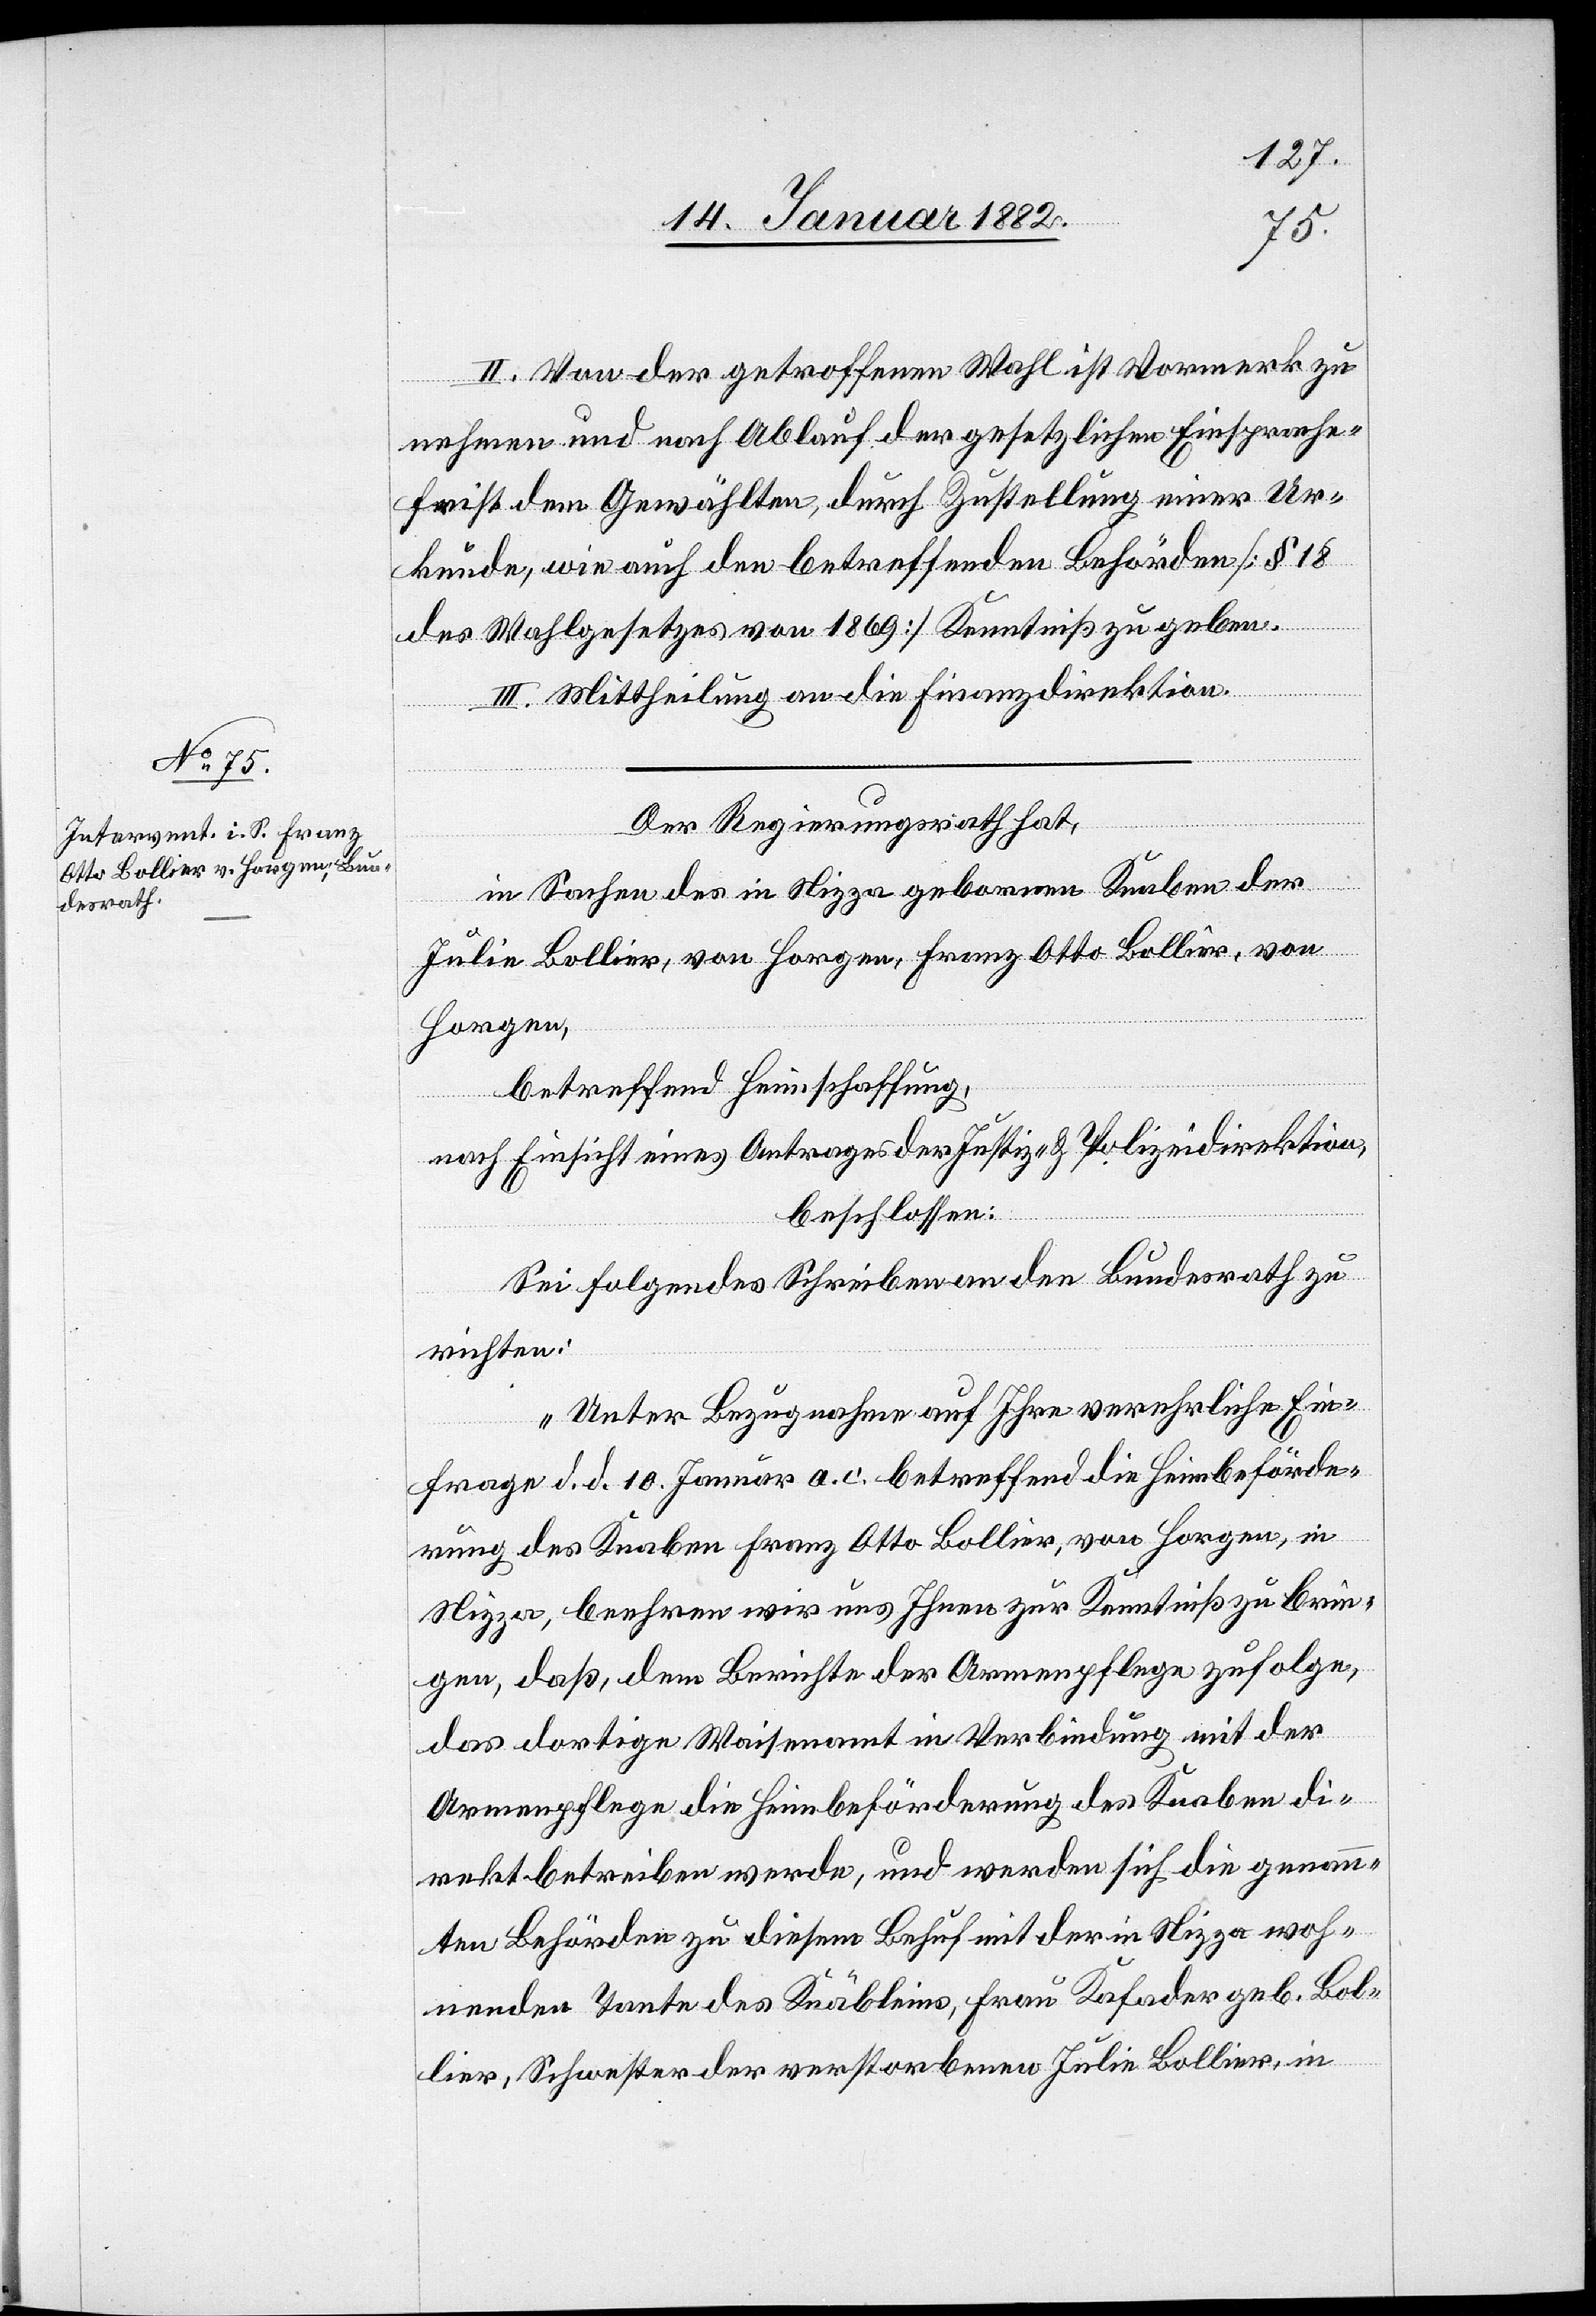
17. Januar 1882]
II. Von der getroffenen Wahl ist Vormerk zu
nehmen und nach Ablauf der gesetzlichen Einsprache¬
frist dem Gewählten durch Zustellung einer Ur¬
kunde, wie auch den betreffenden Behörden [§ 18
des Wahlgesetzes von 1869] Kenntniß zu geben.
III. Mittheilung an die Finanzdirektion.
Der Regierungsrath hat,
in Sachen des in Nizza geborenen Knaben der
Julie Bollier, von Horgen, Franz Otto Bollier, von
Horgen,
betreffend Heimschaffung,
nach Einsicht eines Antrages der Justiz- & Polizeidirektion,
beschlossen:
Sei folgendes Schreiben an den Bundesrath zu
richten:
„Unter Bezugnahme auf Ihre verehrliche Ein¬
frage d. d. 10. Januar a. c. betreffend die Heimbeförde¬
rung des Knaben Franz Otto Bollier, von Horgen, in
Nizza, beehren wir uns Ihnen zur Kenntniß zu brin¬
gen, daß, dem Berichte der Armenpflege zufolge,
das dortige Waisenamt in Verbindung mit der
Armenpflege die Heimbeförderung des Knaben di¬
rekt betreiben werde, und werde sich die genan¬
nte Behörde zu diesem Behuf mit der in Nizza woh¬
nenden Tante des Knäblein, Frau Kafader geb. Bol¬
lier, Schwester der verstorbenen Julie Bollier, in